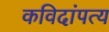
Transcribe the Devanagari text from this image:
कविदांपत्य